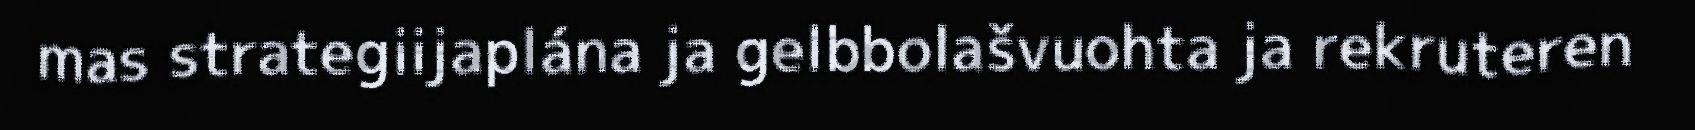
mas strategiijaplána ja gelbbolašvuohta ja rekruteren